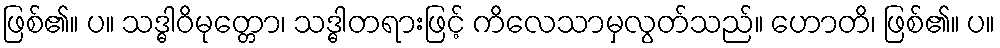
ဖြစ်၏။ ပ။ သဒ္ဓါဝိမုတ္တော၊ သဒ္ဓါတရားဖြင့် ကိလေသာမှလွတ်သည်။ ဟောတိ၊ ဖြစ်၏။ ပ။